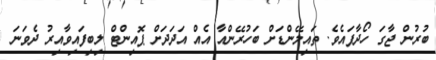
ބުރުން ޖާގަ ހޯދާފައެވެ. ތައިލޭންޑަށް ބަހުރޭންއާ އެއް އަދަދަށް ޕޮއިންޓް ލިބިފައިވާއިރު ދެވަނަ